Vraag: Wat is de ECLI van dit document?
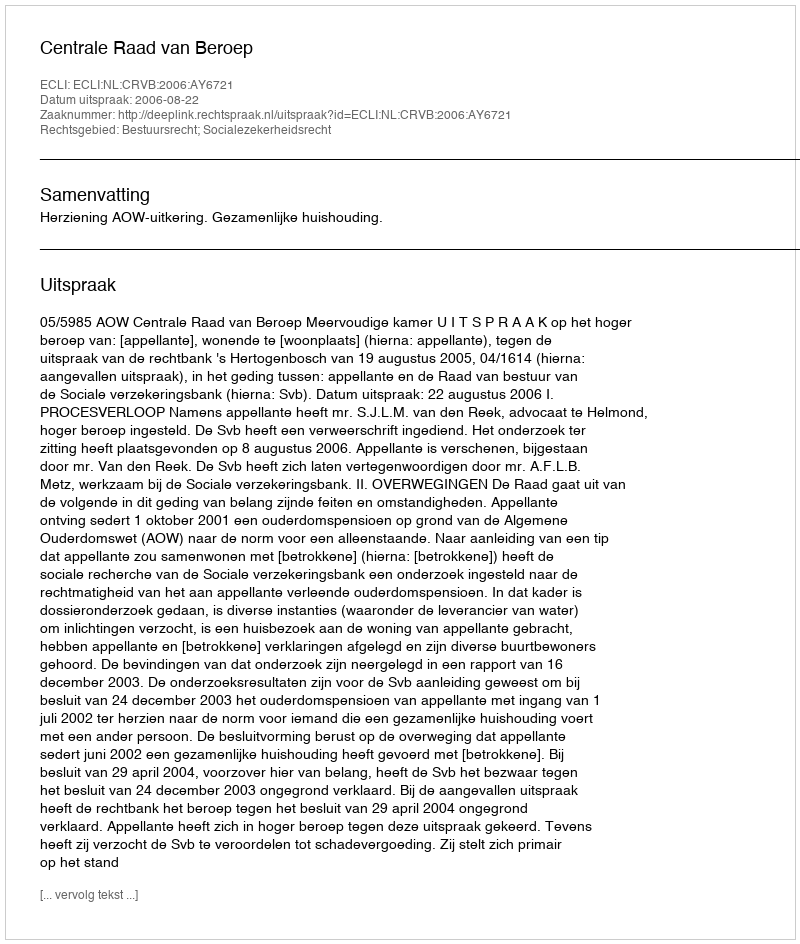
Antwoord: ECLI:NL:CRVB:2006:AY6721